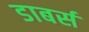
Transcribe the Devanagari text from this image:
डाबर्स